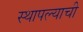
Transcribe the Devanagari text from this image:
स्थापल्याची